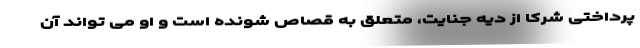
پرداختی شرکا از دیه جنایت، متعلق به قصاص شونده است و او می تواند آن